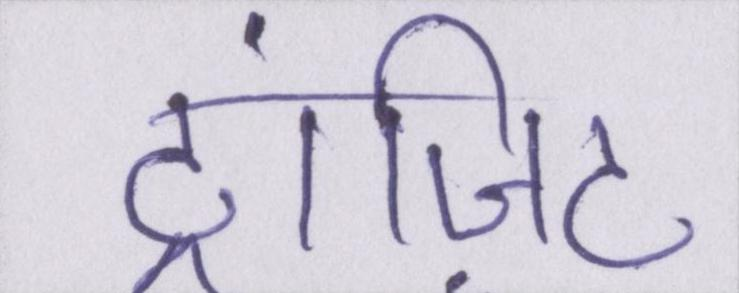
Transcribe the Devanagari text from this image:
ट्रांज़िट